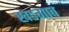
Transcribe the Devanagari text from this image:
खेडगाव